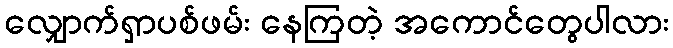
လျှောက်ရှာပစ်ဖမ်း နေကြတဲ့ အကောင်တွေပါလား